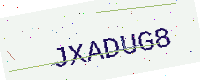
Text: JXADUG8